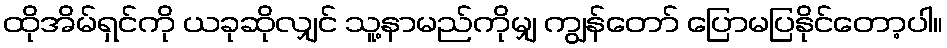
ထိုအိမ်ရှင်ကို ယခုဆိုလျှင် သူ့နာမည်ကိုမျှ ကျွန်တော် ပြောမပြနိုင်တော့ပါ။